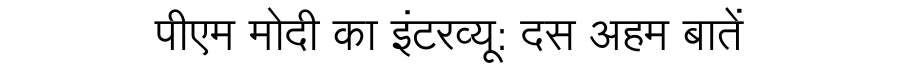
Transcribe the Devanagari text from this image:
पीएम मोदी का इंटरव्यू: दस अहम बातें